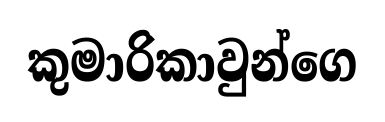
කුමාරිකාවුන්ගෙ